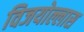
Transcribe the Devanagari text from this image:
विजयोल्लास